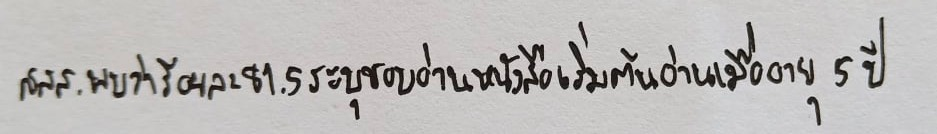
สสส.พบว่าร้อยละ81.5ระบุชอบอ่านหนังสือเริ่มต้นอ่านเมื่ออายุ5ปี